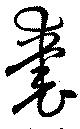
嚢